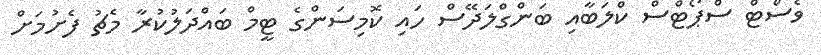
ވެސްޓް ސްޕޯޓްސް ކްލަބާއި ބަންގްލަދޭސް ހައި ކޮމިސަންގެ ޓީމް ބައްދަލުކުރާ މެޗު ފެށުމަށް